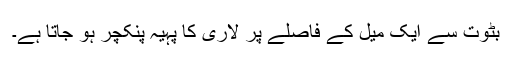
بٹوت سے ایک میل کے فاصلے پر لاری کا پہیہ پنکچر ہو جاتا ہے۔